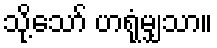
သို့သော် ဟရုံမျှသာ။